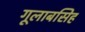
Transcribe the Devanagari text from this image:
गूलाबसिह